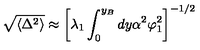
\sqrt { \langle \Delta ^ { 2 } \rangle } \approx \left[ \lambda _ { 1 } \int _ { 0 } ^ { y _ { B } } d y \alpha ^ { 2 } \varphi _ { 1 } ^ { 2 } \right] ^ { - 1 / 2 }